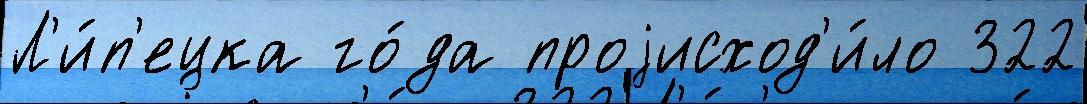
Л'и́п'ецка го́да проjисход'и́ло 322